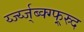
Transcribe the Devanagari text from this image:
र्य्ज्य्ज्ब्क्ग्फ्र्स्र्द